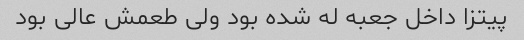
پیتزا داخل جعبه له شده بود ولی طعمش عالی بود